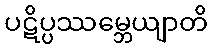
ပဋိပ္ပဿမ္ဘေယျာတိ